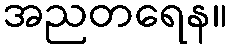
အညတရေန။